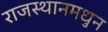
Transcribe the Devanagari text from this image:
राजस्थानमधुन